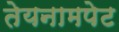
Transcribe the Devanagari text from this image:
तेयनामपेट